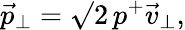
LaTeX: \vec{p}_{\perp}=\surd 2\, p^{+}\vec{v}_{\perp},